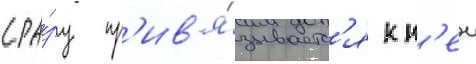
сра́зу пр'ив'я́зываетс'я к н'еи